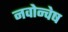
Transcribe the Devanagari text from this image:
नवोन्वेष